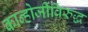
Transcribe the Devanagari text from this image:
कान्होजींविरुद्ध